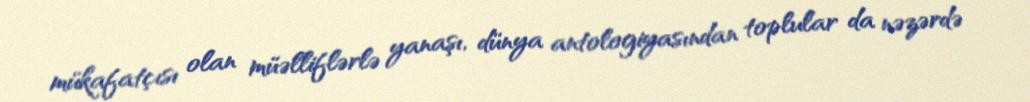
mükafatçısı olan müəlliflərlə yanaşı, dünya antologiyasından toplular da nəzərdə